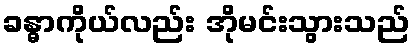
ခန္ဓာကိုယ်လည်း အိုမင်းသွားသည်